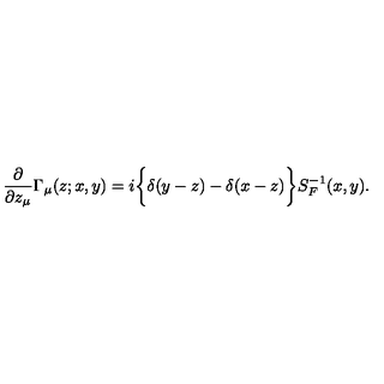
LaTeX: { \frac { \partial } { \partial z _ { \mu } } } \Gamma _ { \mu } ( z ; x , y ) = i \bigg \lbrace \delta ( y - z ) - \delta ( x - z ) \bigg \rbrace S _ { F } ^ { - 1 } ( x , y ) .